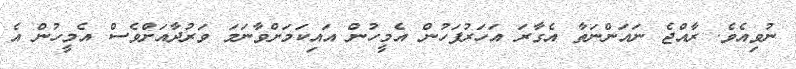
ނުވިއެވެ. ރާއްޖެ ނައަންނަތާ އެގާރަ އަހަރުފަހުން އެމީހުން އައިކަމަށްވާނަމަ ވަރުދާއަށްވެސް އެމީހުން އެ